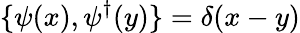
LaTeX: \{ \psi(x),\psi^{\dagger}(y)\} =\delta(x-y)